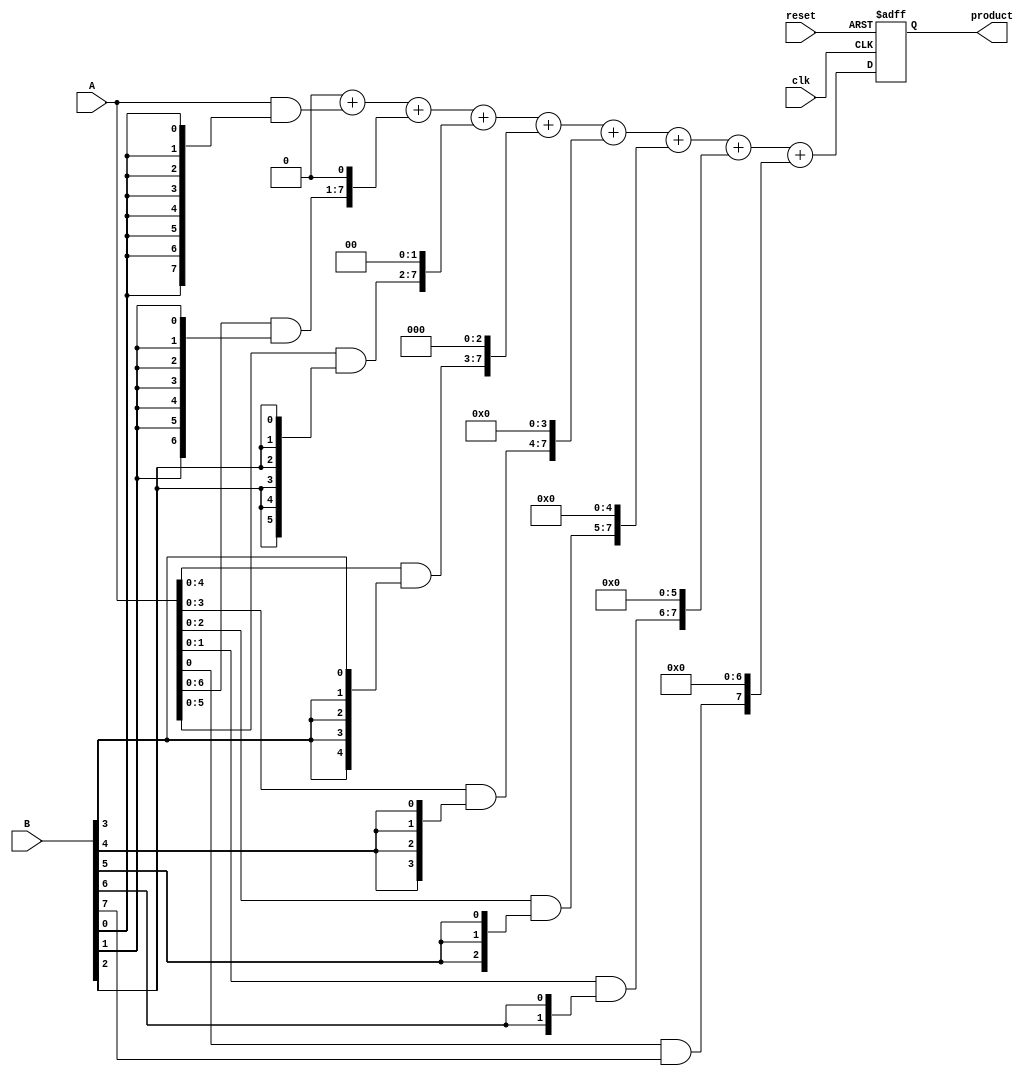
module radix2_multiplier #(parameter n = 8) (
    input [n-1:0] A,     // First multiplicand
    input [n-1:0] B,     // Second multiplicand
    input clk,           // Clock signal
    input reset,         // Reset signal
    output reg [2*n-1:0] product // Output product
);

    reg [n-1:0] partial_products [0:n-1]; // Array to hold partial products
    reg [2*n-1:0] sum;                     // Intermediate sum
    integer i;

    always @(posedge clk or posedge reset) begin
        if (reset) begin
            product <= 0;
        end else begin
            // Generate partial products
            for (i = 0; i < n; i = i + 1) begin
                partial_products[i] = A & {n{B[i]}}; // AND operation
                // Shift left the partial product based on the bit position
                partial_products[i] = partial_products[i] << i;
            end

            // Initialize sum
            sum = 0;

            // Add the partial products
            for (i = 0; i < n; i = i + 1) begin
                sum = sum + partial_products[i];
            end

            // Assign the final product
            product <= sum;
        end
    end
endmodule